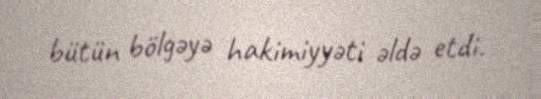
bütün bölgəyə hakimiyyəti əldə etdi.